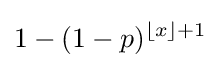
1-(1-p)^{\lfloor x\rfloor +1}